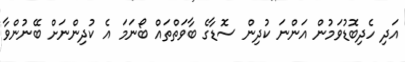
އަދި ހެދިބޮޑުވަމުން އަންނަ ކުދިން ސޮޑާގެ ބާވަތްތައް ބޯނަމަ އެ ކުދިންނަށް ބޭނުންވާ